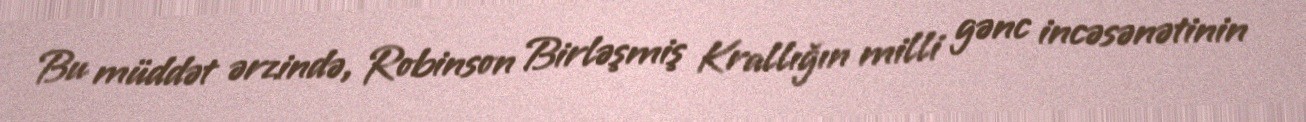
Bu müddət ərzində, Robinson Birləşmiş Krallığın milli gənc incəsənətinin